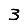
Digit: 3